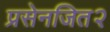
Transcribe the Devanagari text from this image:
प्रसेनजित२